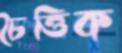
চৈত্তিক